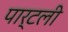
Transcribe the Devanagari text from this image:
पार्टली